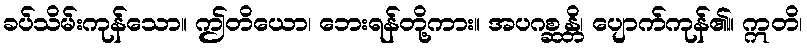
ခပ်သိမ်းကုန်သော။ ဤတိယော၊ ဘေးရန်တို့ကား။ အပဂစ္ဆန္တိ၊ ပျောက်ကုန်၏။ ဣတိ၊